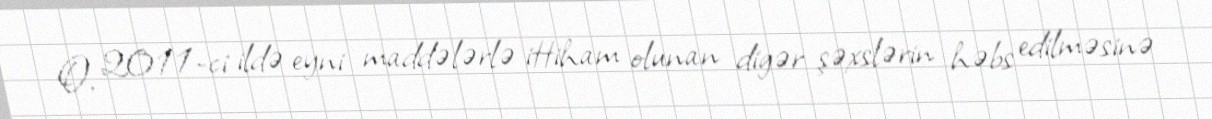
O, 2011-ci ildə eyni maddələrlə ittiham olunan digər şəxslərin həbs edilməsinə